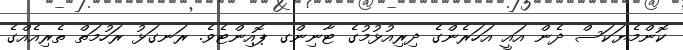
ކޮންމެޔަކަސް ދެން އައީ އަހަރެންގެ ދިރިއުޅުމުގެ ޓާނިންގ ޕޮއިންޓެވެ. ރަނގަޅު ރަހުމަތް ތެރިއެއްގެ